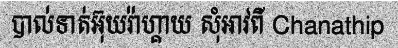
បាល់ទាត់អ៊ុយរ៉ាហ្គាយ សុំអាវពី Chanathip